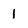
Character: I